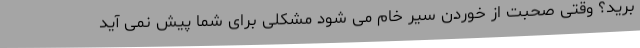
برید؟ وقتی صحبت از خوردن سیر خام می شود مشکلی برای شما پیش نمی آید